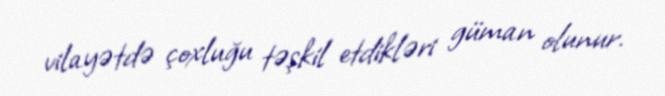
vilayətdə çoxluğu təşkil etdikləri güman olunur.